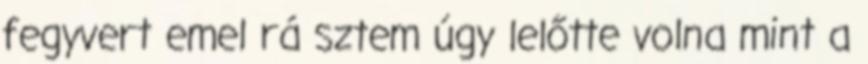
fegyvert emel rá sztem úgy lelőtte volna mint a